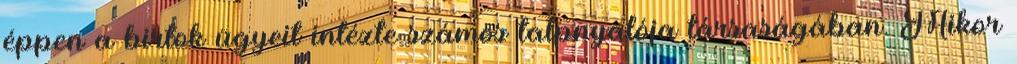
éppen a birtok ügyeit intézte számos talpnyalója társaságában. Mikor